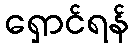
ရှောင်ရန်